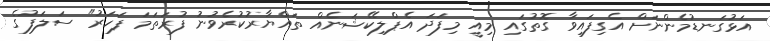
އަޅުގަނޑުމެންނަށް އެގިފައިވާ ގޮތުގައި މިއީ މިފަދަ އެޕްލިކޭޝަނެއް ތައްޔާރުކުރެވުނު ފުރަތަމަ ފަހަރު" ސަލަފުގެ